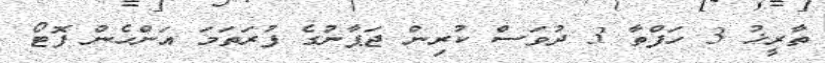
ތާރީޚު 3 ހަފްތާ 3 ދުވަސް ކުރިން ޖަޕާނުގެ ފުރަތަމަ އަންހެން ފޮޓޯ